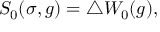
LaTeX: S _ { 0 } ( \sigma , g ) = \triangle W _ { 0 } ( g ) ,